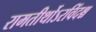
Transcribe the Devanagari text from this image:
रामतीर्थोऽरविंदश्च